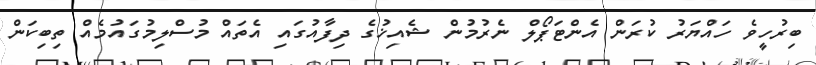
ބިރުހީވެ ހައްޔަރު ކުރަން އެންޓަޕޯލް ނެރުމުން ޝެއިޚުގެ ދިފާއުގައި އެތައް މުސްލިމުގައުމެއް ތިބިކަން